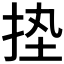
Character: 𢬋